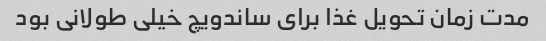
مدت زمان تحویل غذا برای ساندویچ خیلی طولانی بود